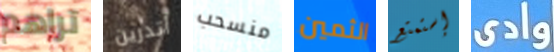
تراهم أتدرين منسحب الثمين إستمتع وادى